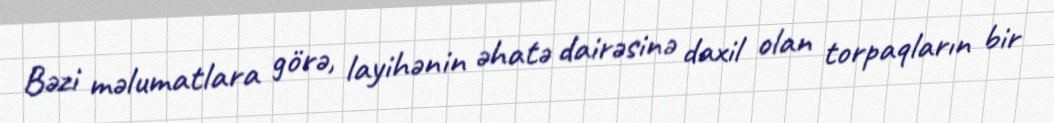
Bəzi məlumatlara görə, layihənin əhatə dairəsinə daxil olan torpaqların bir